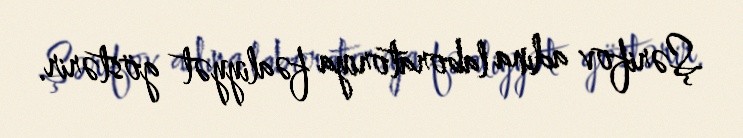
Şərifov adına laboratoriya fəaliyyət göstərir.